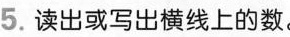
5.读出或写出横线上的数。